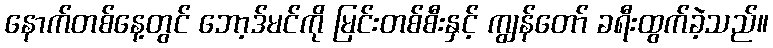
နောက်တစ်နေ့တွင် ဘော့ဒ်မင်ကို မြင်းတစ်စီးနှင့် ကျွန်တော် ခရီးထွက်ခဲ့သည်။